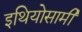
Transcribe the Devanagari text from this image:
इथियोसामी